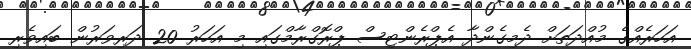
އަހަރެއްގެ މުއްދަތަށް ދެމިގެންދާ އެޕްރެންޓިސް ޕްރޮގްރާމްގައި މި އަހަރު 20 ދަރިވަރުން ބައިވެރި